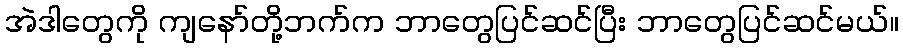
အဲဒါတွေကို ကျနော်တို့ဘက်က ဘာတွေပြင်ဆင်ပြီး ဘာတွေပြင်ဆင်မယ်။